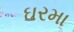
ઘરમા